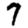
Digit: 7